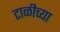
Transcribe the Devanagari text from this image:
टाळीच्या